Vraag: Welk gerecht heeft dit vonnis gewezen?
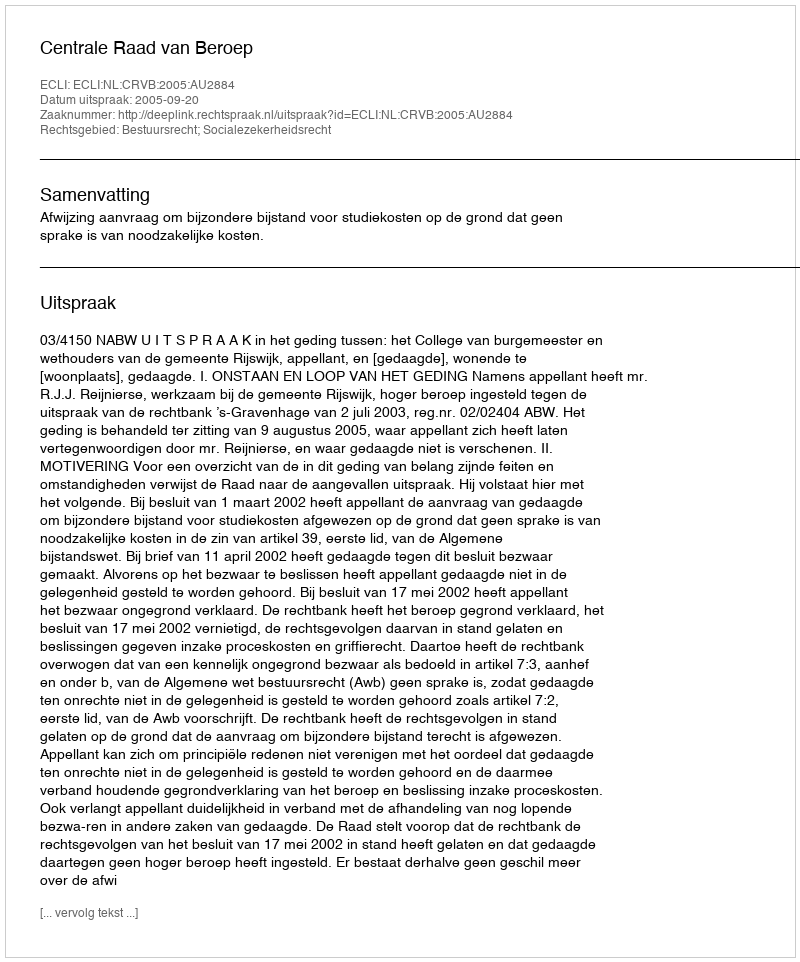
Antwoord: Centrale Raad van Beroep